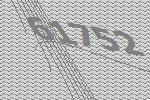
61752